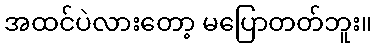
အထင်ပဲလားတော့ မပြောတတ်ဘူး။